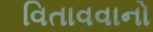
વિતાવવાનો